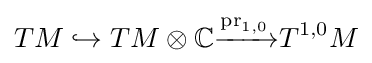
TM\hookrightarrow TM\otimes \mathbb {C} {\xrightarrow {\operatorname {pr} _{1,0}}}T^{1,0}M